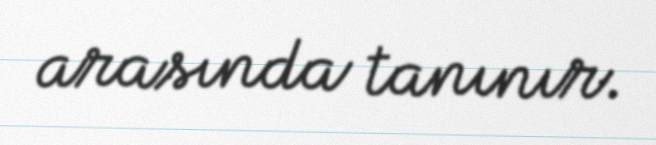
arasında tanınır.